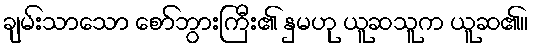
ချမ်းသာသော စော်ဘွားကြီး၏ နှမဟု ယူဆသူက ယူဆ၏။